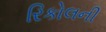
રિકોલની